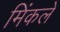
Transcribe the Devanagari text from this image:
मिंकले